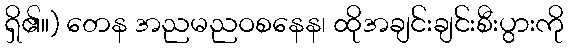
ရှိ၏။) တေန အညမညဝစနေန၊ ထိုအချင်းချင်းစီးပွားကို